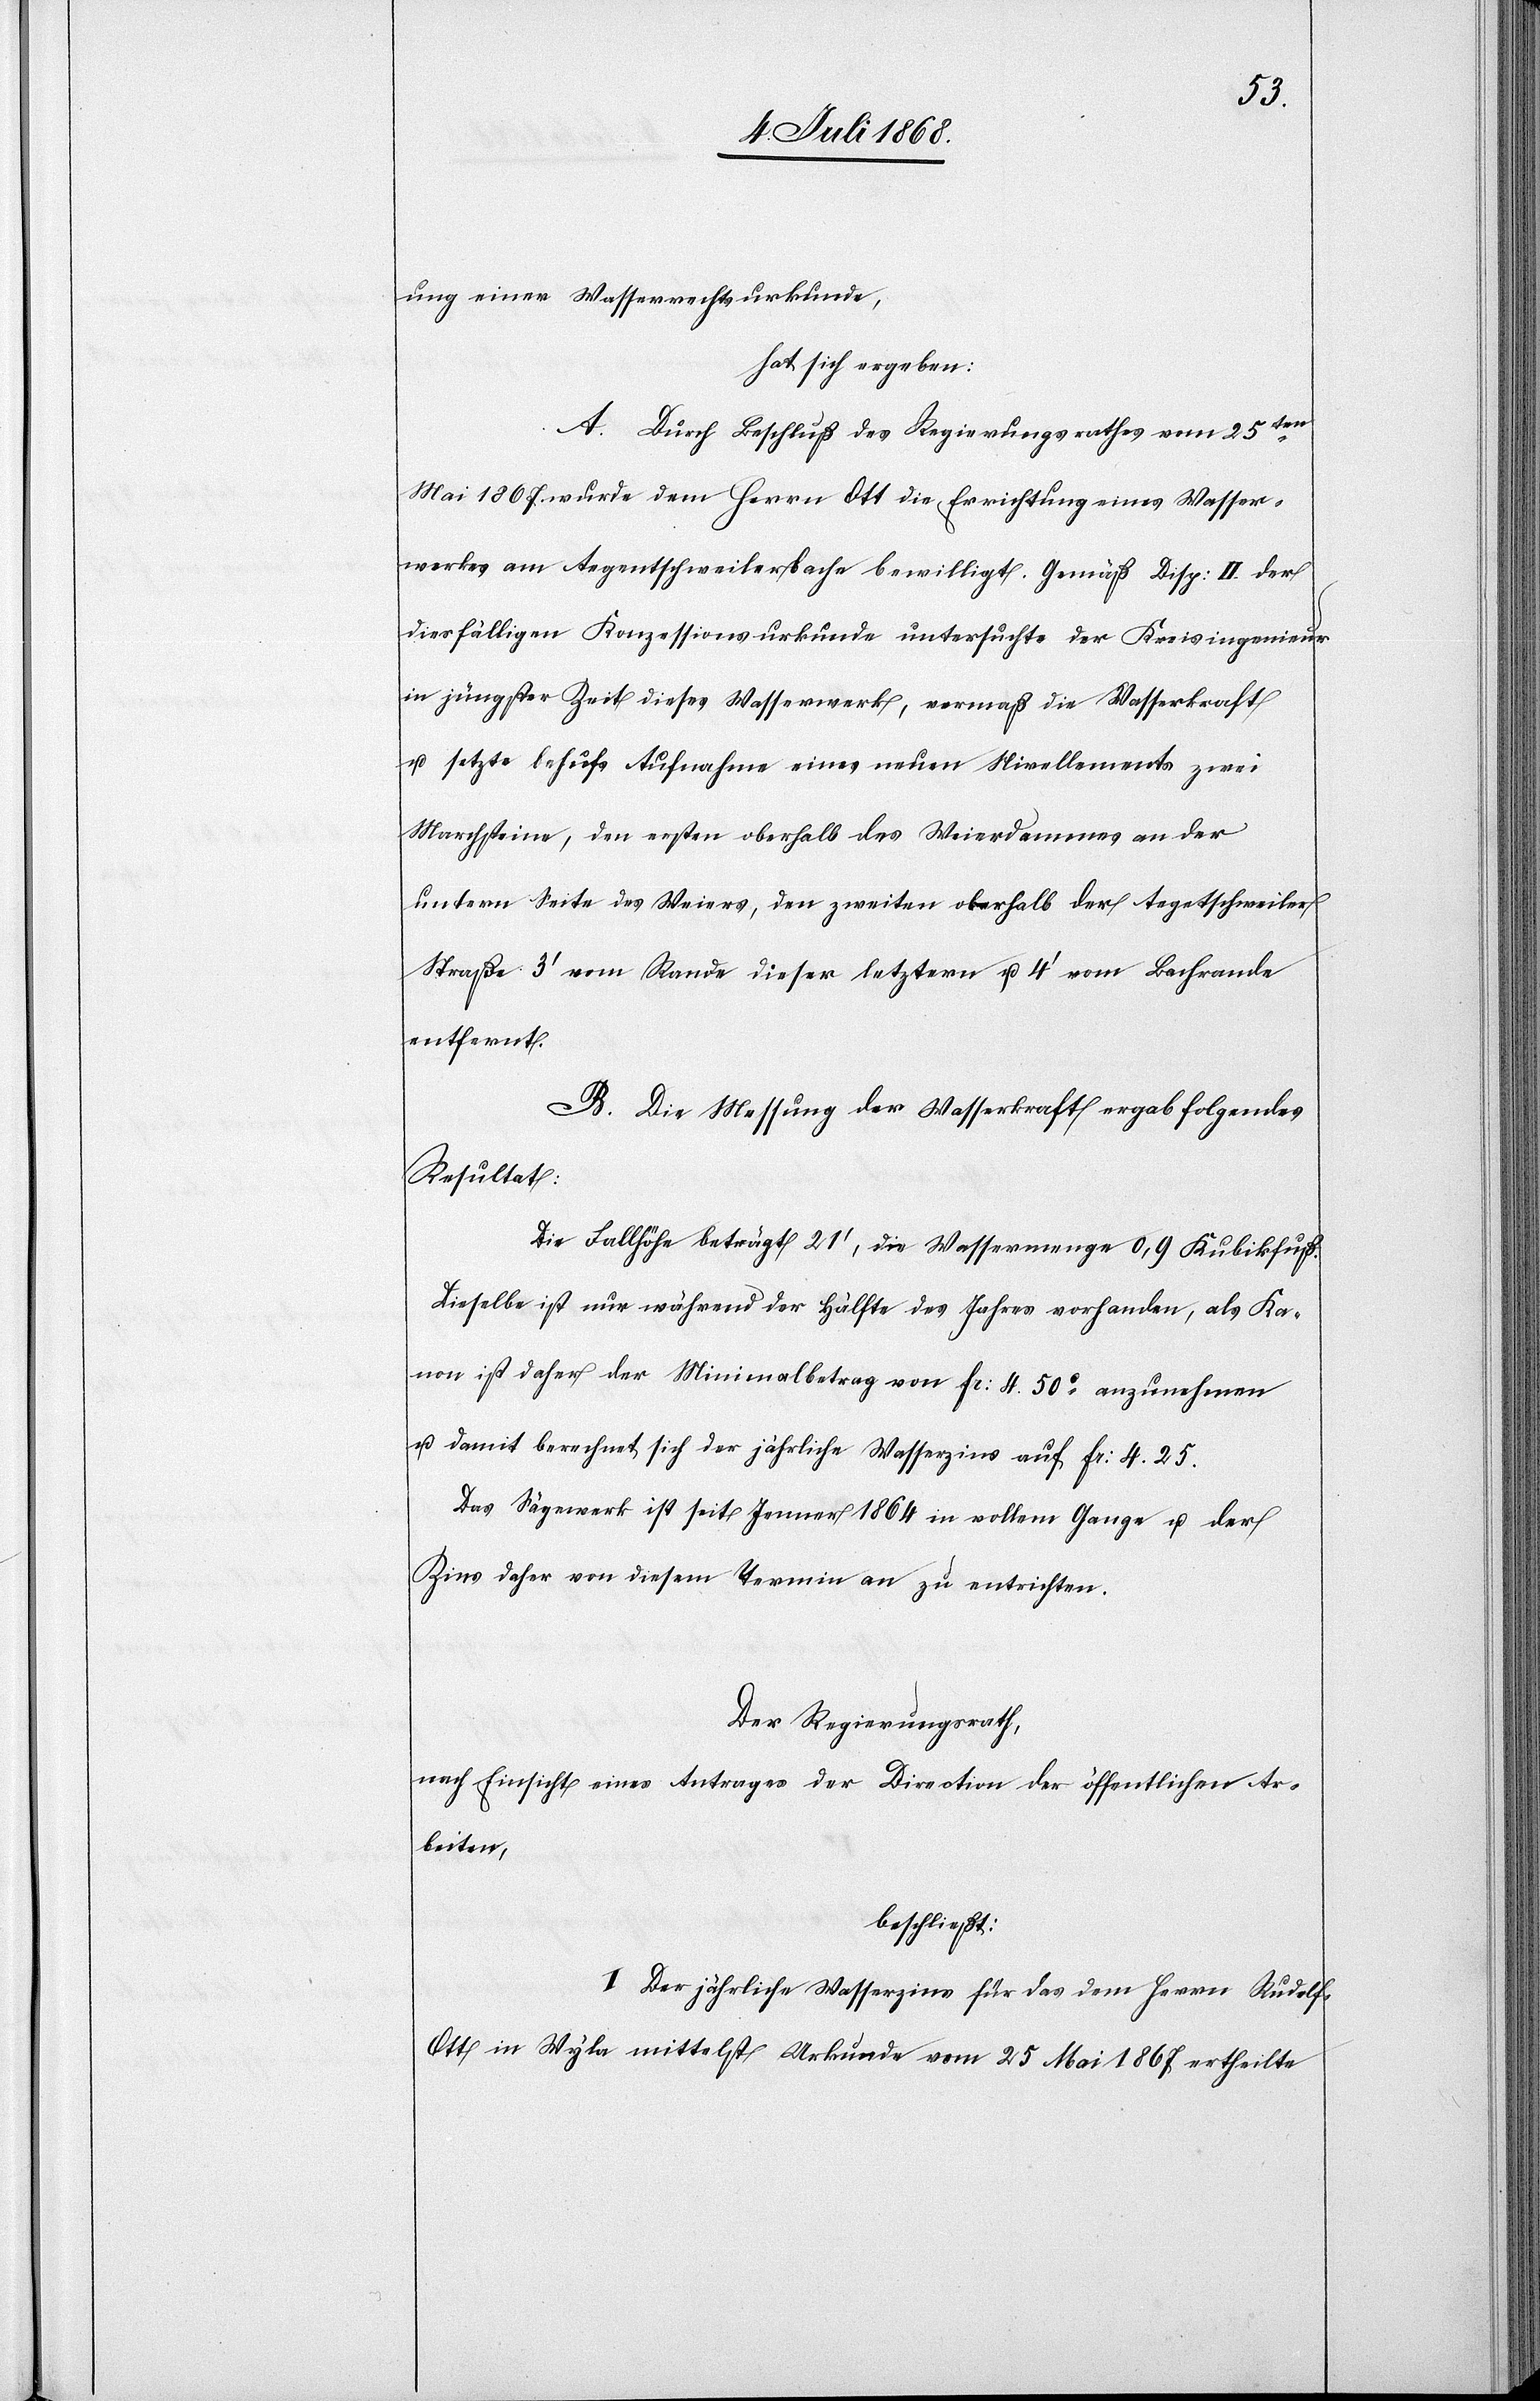
ung einer Wasserrechtsurkunde,
hat sich ergeben:
A. Durch Beschluß des Regierungsrathes vom 25ten
Mai 1867 wurde dem Herrn Ott die Errichtung eines Wasser¬
werkes am Aegentschweilerbache bewilligt. Gemäß Disp: II. der
diesfälligen Konzessionsurkunde untersuchte der Kreisingenieur
in jüngster Zeit dieses Wasserwerk, vermaß die Wasserkraft
u. setzte behufs Aufnahme eines neuen Nivellements zwei
Marchsteine, den ersten oberhalb des Weierdammes an der
untern Seite des Weiers, den zweiten oberhalb der Aegetschweiler
Straße 3‘ vom Rande dieser letztern u. 4‘ vom Bachrande
entfernt.
B. Die Messung der Wasserkraft ergab folgendes
Resultat:
Die Fallhöhe beträgt 21‘, die Wassermenge 0,9 Kubikfuß.
Dieselbe ist nur während der Hälfte des Jahres vorhanden, als Ka¬
non ist daher der Minimalbetrag von Fr: 4. 50c anzunehmen
u. damit berechnet sich der jährliche Wasserzins auf Fr: 4. 25.
Das Sägewerk ist seit Jenner 1864 in vollem Gange u. der
Zins daher von diesem Termin an zu entrichten.
Der Regierungsrath,
nach Einsicht eines Antrages der Direction der öffentlichen Ar¬
beiten,
beschließt:
I. Der jährliche Wasserzins für das dem Herrn Rudolf
Ott in Wyla mittelst Urkunde vom 25 Mai 1867 ertheilte